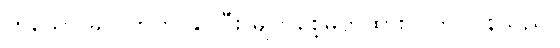
ဟူသော ခလုတ်ကို နှိပ်ပြီး မျက်စေ့မှိတ်ထားလိုက် ပြန်သည်။